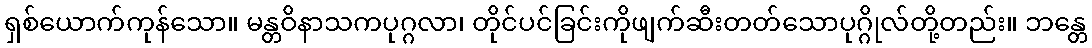
ရှစ်ယောက်ကုန်သော။ မန္တဝိနာသကပုဂ္ဂလာ၊ တိုင်ပင်ခြင်းကိုဖျက်ဆီးတတ်သောပုဂ္ဂိုလ်တို့တည်း။ ဘန္တေ